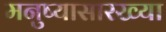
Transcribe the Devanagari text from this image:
मनुष्यासारख्या